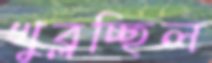
খুব্‌লচ্ছিল